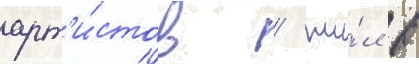
арт'и́стов / жи́л в